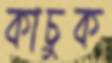
কাচুক